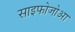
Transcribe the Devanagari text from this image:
साइफोजोआ